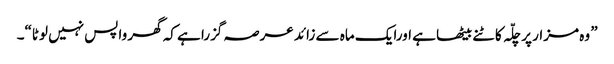
” وہ مزار پر چلّہ کاٹنے بیٹھا ہے اورایک ماہ سے زائد عرصہ گزرا ہے کہ گھر واپس نہیں لوٹا“۔